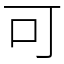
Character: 可